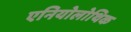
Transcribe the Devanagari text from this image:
एनियोलोथिक